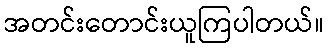
အတင်းတောင်းယူကြပါတယ်။